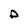
Character: D